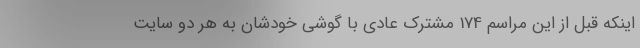
اینکه قبل از این مراسم 174 مشترک عادی با گوشی خودشان به هر دو سایت